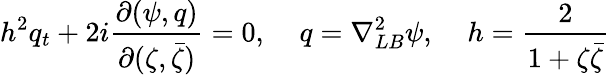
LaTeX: h^{2}q_{t}+2i\frac{\partial(\psi,q)}{\partial(\zeta,\bar{\zeta})}=0,\; \; \; \; q=\nabla_{LB}^{2}\psi,\; \; \; \; h=\frac{2}{1+\zeta\bar{\zeta}}